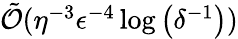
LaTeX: \begin{array}{r}{\tilde{\mathcal{O}}(\eta^{-3}\epsilon^{-4}\log\left(\delta^{-1}\right))}\end{array}